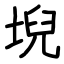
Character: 堄